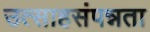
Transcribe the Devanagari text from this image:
उत्साहसंपन्नता